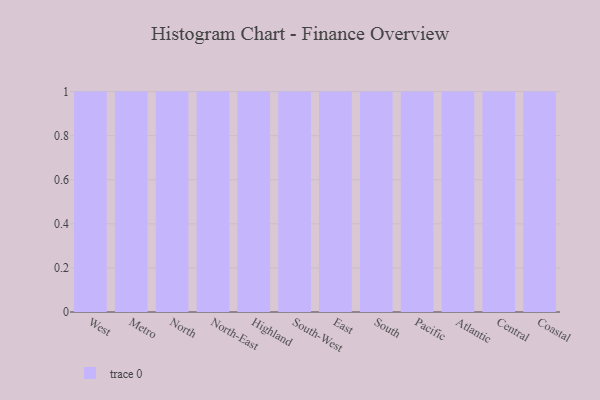
{"axis": {"x": "Region", "y": "Net Income (USD K)"}, "legend": [""], "data": [{"x": "West", "y": 62, "type": ""}, {"x": "Metro", "y": 65, "type": ""}, {"x": "North", "y": 23, "type": ""}, {"x": "North-East", "y": 1, "type": ""}, {"x": "Highland", "y": 2, "type": ""}, {"x": "South-West", "y": 99, "type": ""}, {"x": "East", "y": 12, "type": ""}, {"x": "South", "y": 61, "type": ""}, {"x": "Pacific", "y": 25, "type": ""}, {"x": "Atlantic", "y": 47, "type": ""}, {"x": "Central", "y": 64, "type": ""}, {"x": "Coastal", "y": 58, "type": ""}]}